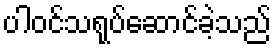
ပါဝင်သရုပ်ဆောင်ခဲ့သည်